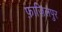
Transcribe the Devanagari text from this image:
फ़ाज़िलपुर